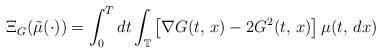
LaTeX: \begin{align*}\Xi_{G}(\tilde{\mu}(\cdot))=\int_{0}^{T}dt\int_{\mathbb{T}}\left[\nabla G(t,\,x)-2G^{2}(t,\,x)\right]\mu(t,\,dx)\end{align*}